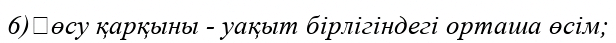
6)	өсу қарқыны - уақыт бірлігіндегі орташа өсім;